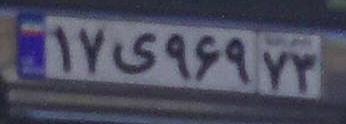
۱۷ی۹۶۹۷۳